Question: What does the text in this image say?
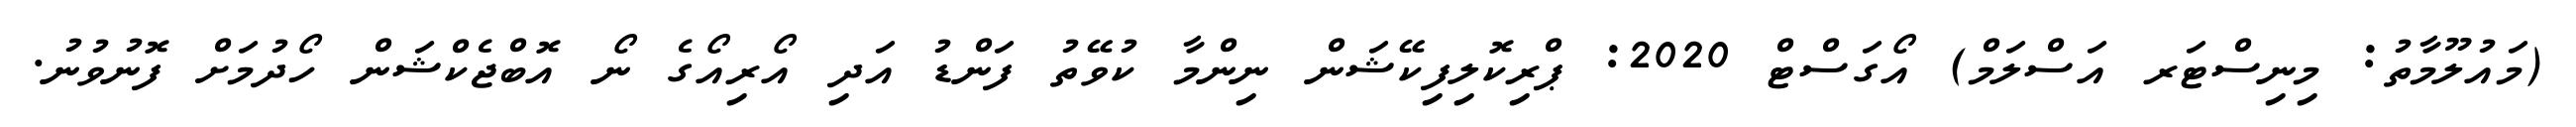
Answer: (މައުލޫމާތު: މިނިސްޓަރ އަސްލަމް) އޯގަސްޓް 2020: ޕްރިކޮލިފިކޭޝަން ނިންމާ ކުވޭތު ފަންޑު އަދި އޯރިއޯގެ ނޯ އޮބްޖެކްޝަން ހޯދުމަށް ފޮނުވުނު.